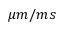
\mu m / m s